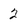
Character: 2